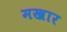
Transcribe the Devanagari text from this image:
मखार